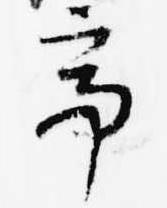
亭